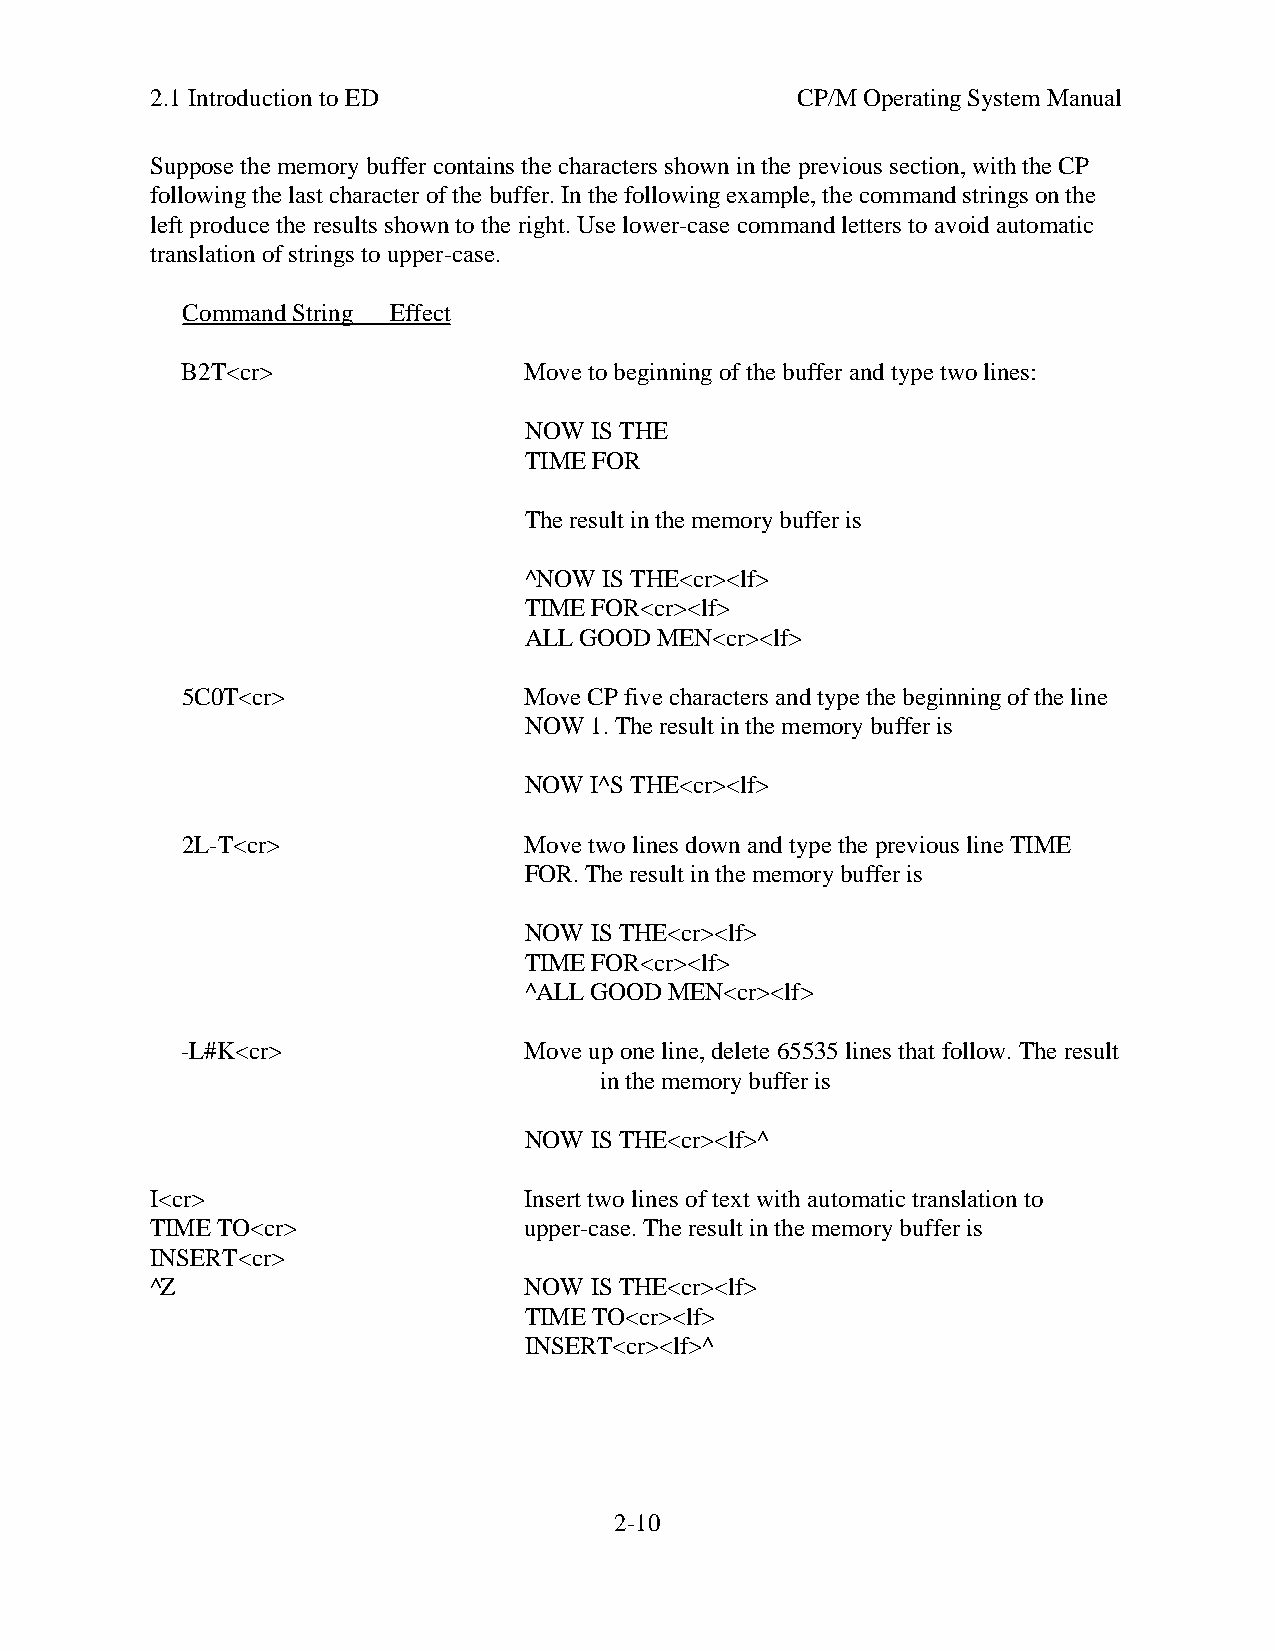
2.1 Introduction to ED                     CP/M Operating System Manual
 Suppose the memory buffer contains the characters shown in the previous section, with the CP
 following the last character of the buffer. In the following example, the command strings on the
 left produce the results shown to the right. Use lower-case command letters to avoid automatic
 translation of strings to upper-case.
 Command String Effect
 B2T<cr>                Move to beginning of the buffer and type two lines:
 NOW IS THE
 TIME FOR
 The result in the memory buffer is
 ^NOW IS THE<cr><lf>
 TIME FOR<cr><lf>
 ALL GOOD MEN<cr><lf>
 5C0T<cr>               Move CP five characters and type the beginning of the line
 NOW 1. The result in the memory buffer is
 NOW I^S THE<cr><lf>
 2L-T<cr>               Move two lines down and type the previous line TIME
 FOR. The result in the memory buffer is
 NOW IS THE<cr><lf>
 TIME FOR<cr><lf>
 ^ALL GOOD MEN<cr><lf>
 -L#K<cr>               Move up one line, delete 65535 lines that follow. The result
 in the memory buffer is
 NOW IS THE<cr><lf>^
 I<cr>                    Insert two lines of text with automatic translation to
 TIME TO<cr>              upper-case. The result in the memory buffer is
 INSERT<cr>
 ^Z                       NOW IS THE<cr><lf>
 TIME TO<cr><lf>
 INSERT<cr><lf>^
 2-10